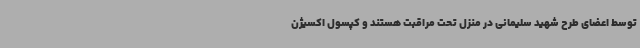
توسط اعضای طرح شهید سلیمانی در منزل تحت مراقبت هستند و کپسول اکسیژن